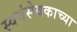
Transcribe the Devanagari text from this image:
स्वयंसेवकाच्या